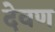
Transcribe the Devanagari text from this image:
देवण